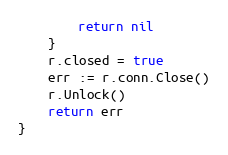
Language: Go
		return nil
	}
	r.closed = true
	err := r.conn.Close()
	r.Unlock()
	return err
}